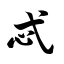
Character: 忒